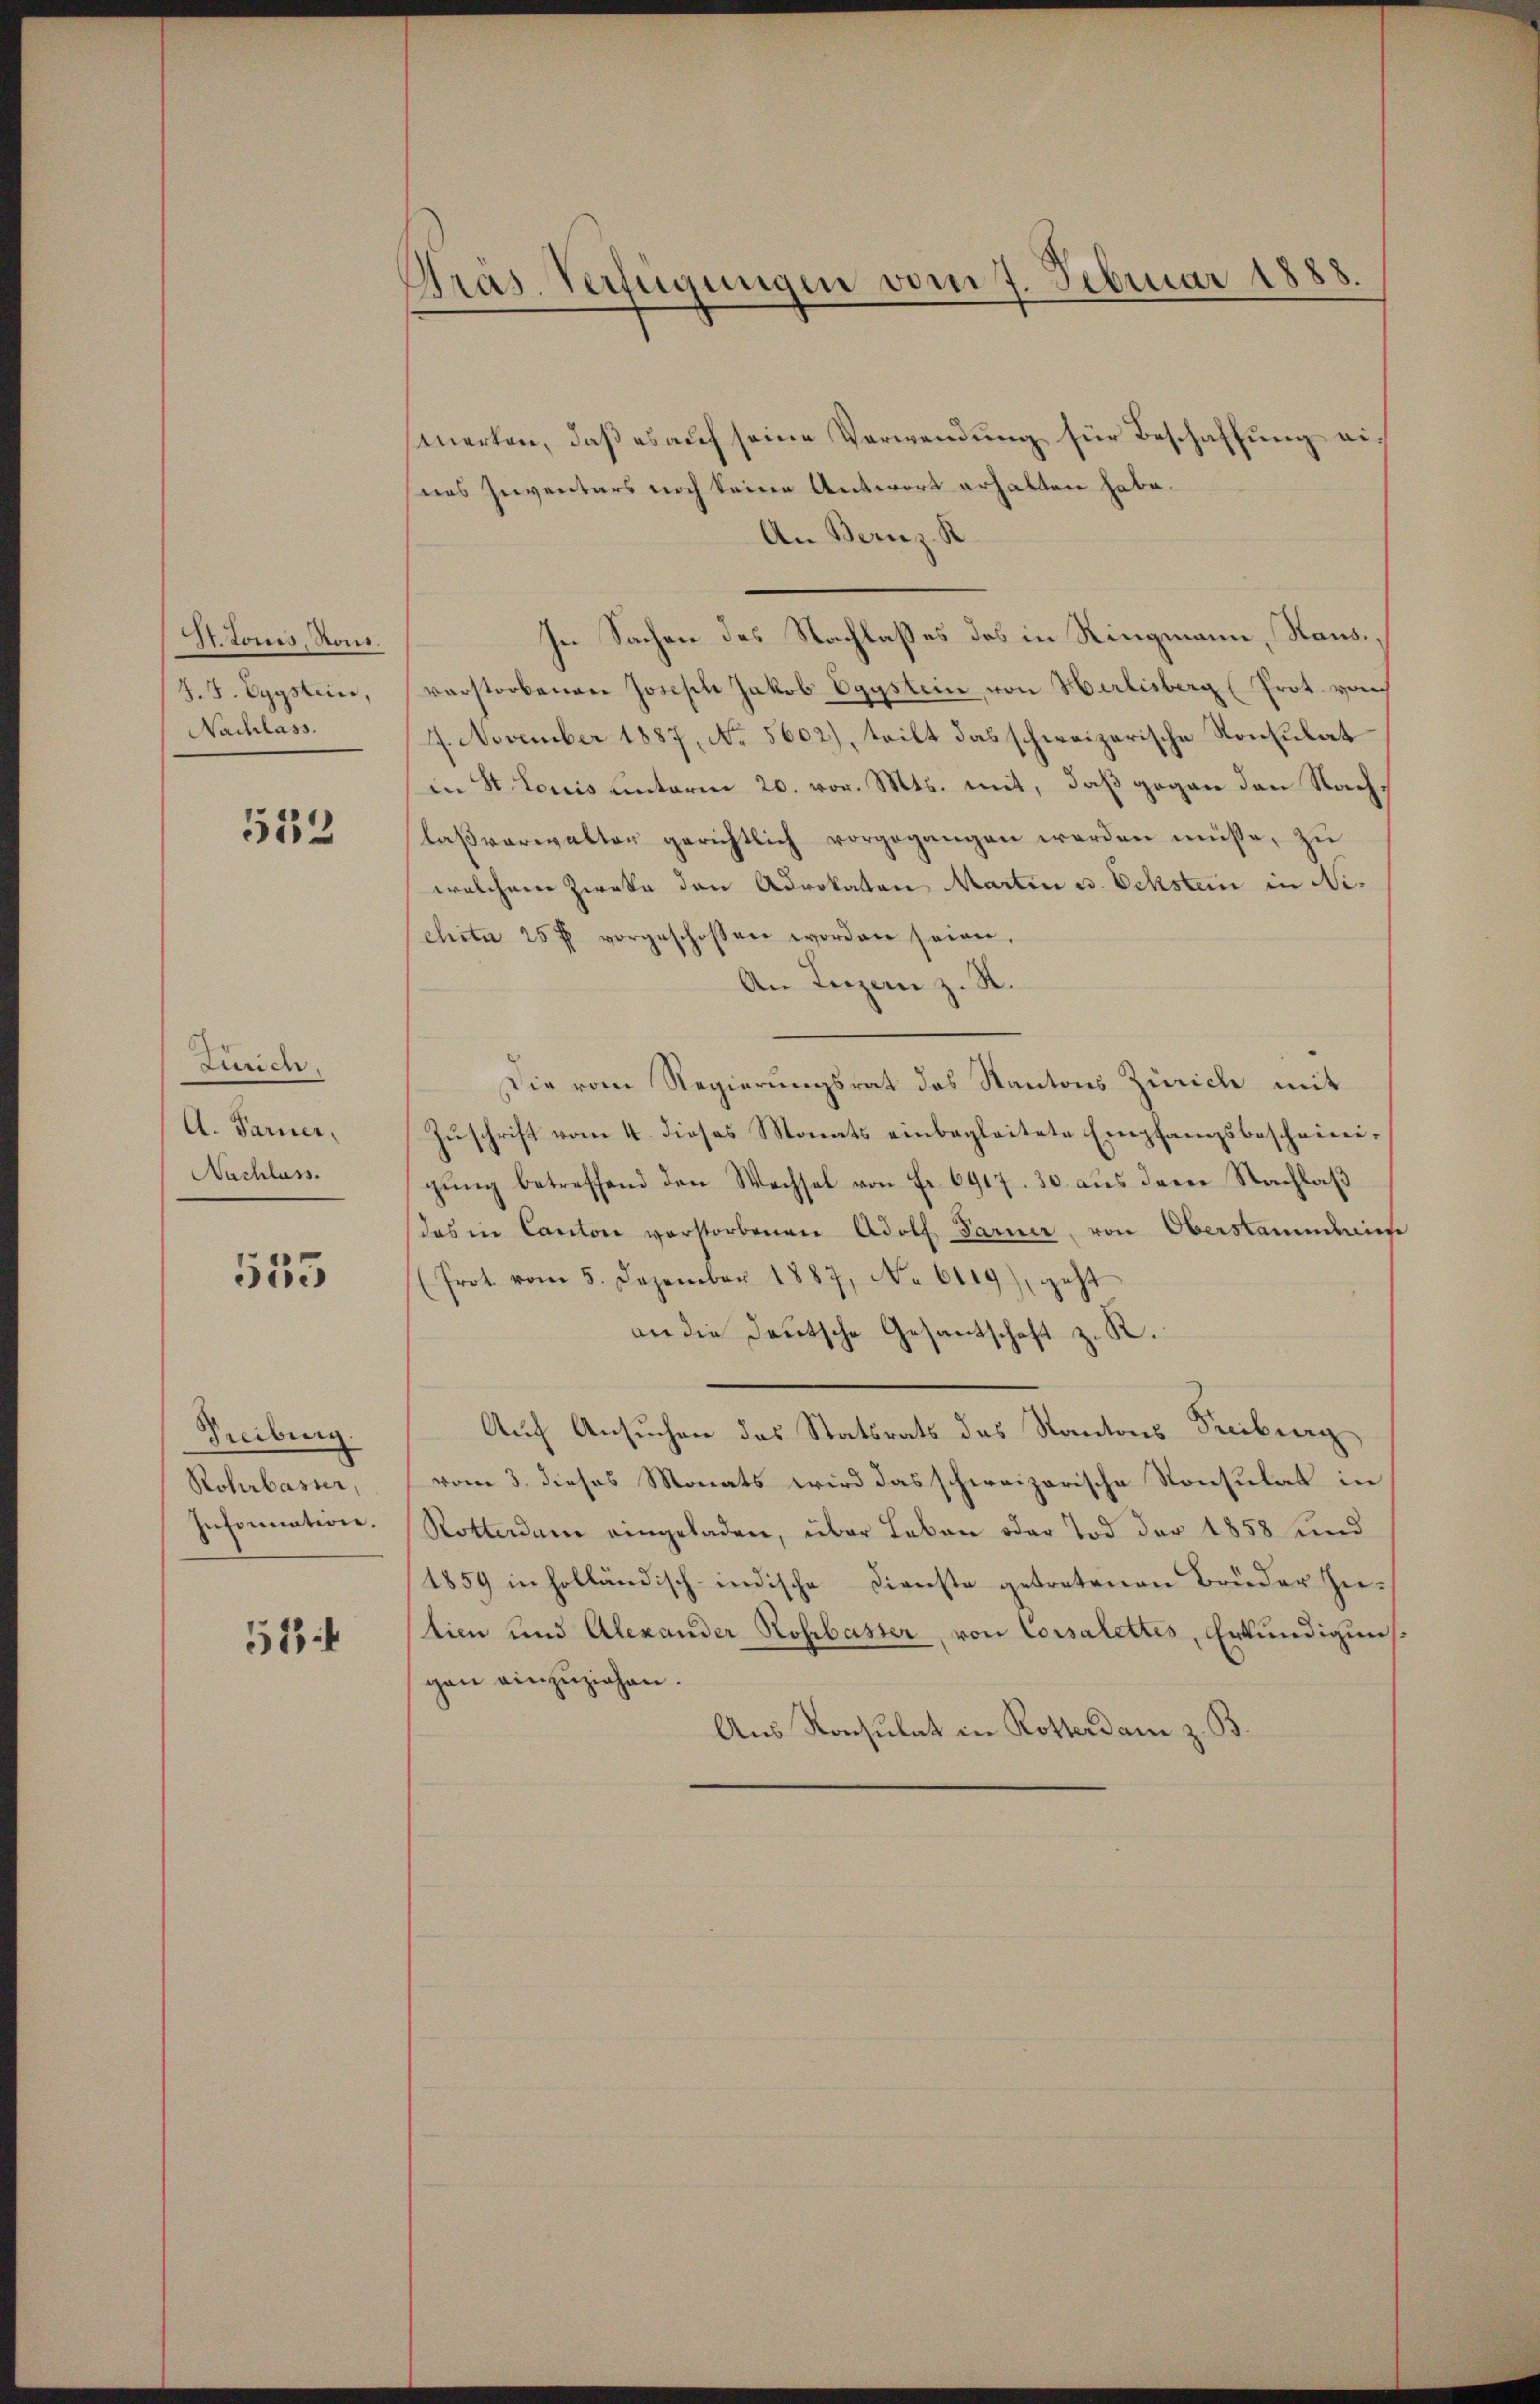
St. Louis, Ront.
J. J. Eggstein,
Nachlass.

533

Zuric
A. Parer,
Nachlass.

555

Treiburg
Rohrbasser,
Infornation.

554

Gras Verfügungen vom 7. Februar 1888.

merken, daß es auf seine Verwendung für Beschaffung ei
nes Inventars noch keine Antwort erhalten habe.
An Bernz. R.
In Sachen des Nachlaßes des in Ringmann, Stausverstorbenen Joseph Jakob Egystein, von Herlisberg (Prot. von
4. November 1887, No. 5602), teilt das schweizerische Konsulat
in St. Louis hinterm 20. vor. Mts. mit, daß gegen den Nachlaßverwalter gerichtlich vorgegangen werden müsse, zu
welchem Zwecke den Advokaten Martin u. Ochsten in Nichita 25 f vorgeschossen worden seien.
An Iuzen z. R.
Die vom Regierungsrat des Kantons Zürich mit
Zŭschrift vom 4. dieses Monats einbegleitete Empfangsbescheini-
gung betreffend den Wechsel von Fr. 6917. 30 aus dem Nachlaß
das in Canton verstorbenen Adolf Sarner, von Oberstaumdiese
(Prot vom 5. Dezember 1887, No 6119), geht
an die Deutsche Gesantschaft z. K.
Auf Ansuchen des Statsrats das Kantons Treiburg
vom 3. dieses Monats wird das schweizerische Konsulat in
Rotterdam eingeladen, über Leben oder Tod der 1858 und
1859 in holländisch-indische Dienste getretenen Brüder Zution und Alexander Rohrbasser, von Corsalettes, Erkundigung
gen einzuziehen.
Aus Konsulat in Rotterdam z. B.